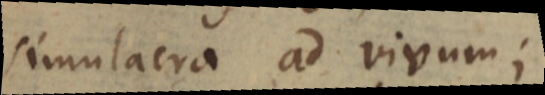
simulacra ad vivum;